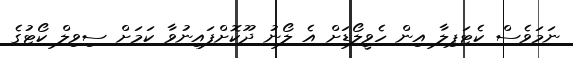
ނަމަވެސް ކެޓަޕިލާ އިން ހެވީލޯޑަށް އެ ލޯނު ދޫކޮށްފައިނުވާ ކަމަށް ސިވިލް ކޯޓުގެ